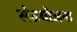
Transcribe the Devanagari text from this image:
संग्रयोजना